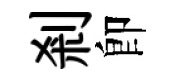
剎卽